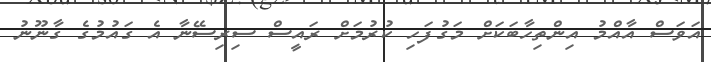
އަވަސް އާއްމު އިންތިހާބަކަށް މަގުފަހި ކުރުމަށް ރައީސް ސިރިސޭނާ އެ ގައުމުގެ ގާނޫނު